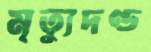
মৃত্যুদণ্ড